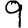
Digit: 9